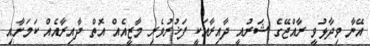
އޭނާ ވިދާޅުވީ ރާއްޖޭގެ ޝަރުއީ ދާއިރާއަކީ ފަޚުރުވެރި މާޒީއެއް އޮތް ދާއިރާއެއް ކަމަށާއި